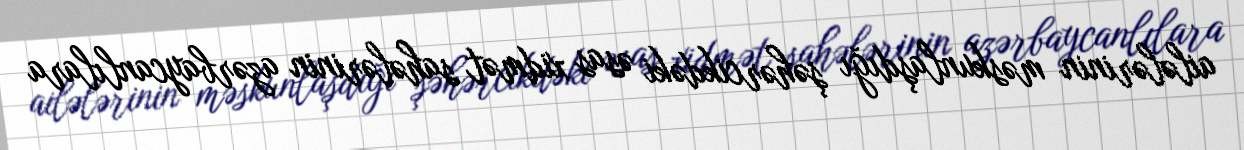
ailələrinin məskunlaşdığı şəhərcikdəki əsas xidmət sahələrinin azərbaycanlılara